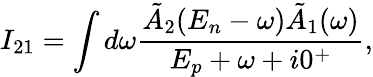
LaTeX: I_{21}=\int d\omega\frac{\tilde{A}_{2}(E_{n}-\omega)\tilde{A}_{1}(\omega)}{E_{p}+\omega+i0^{+}},